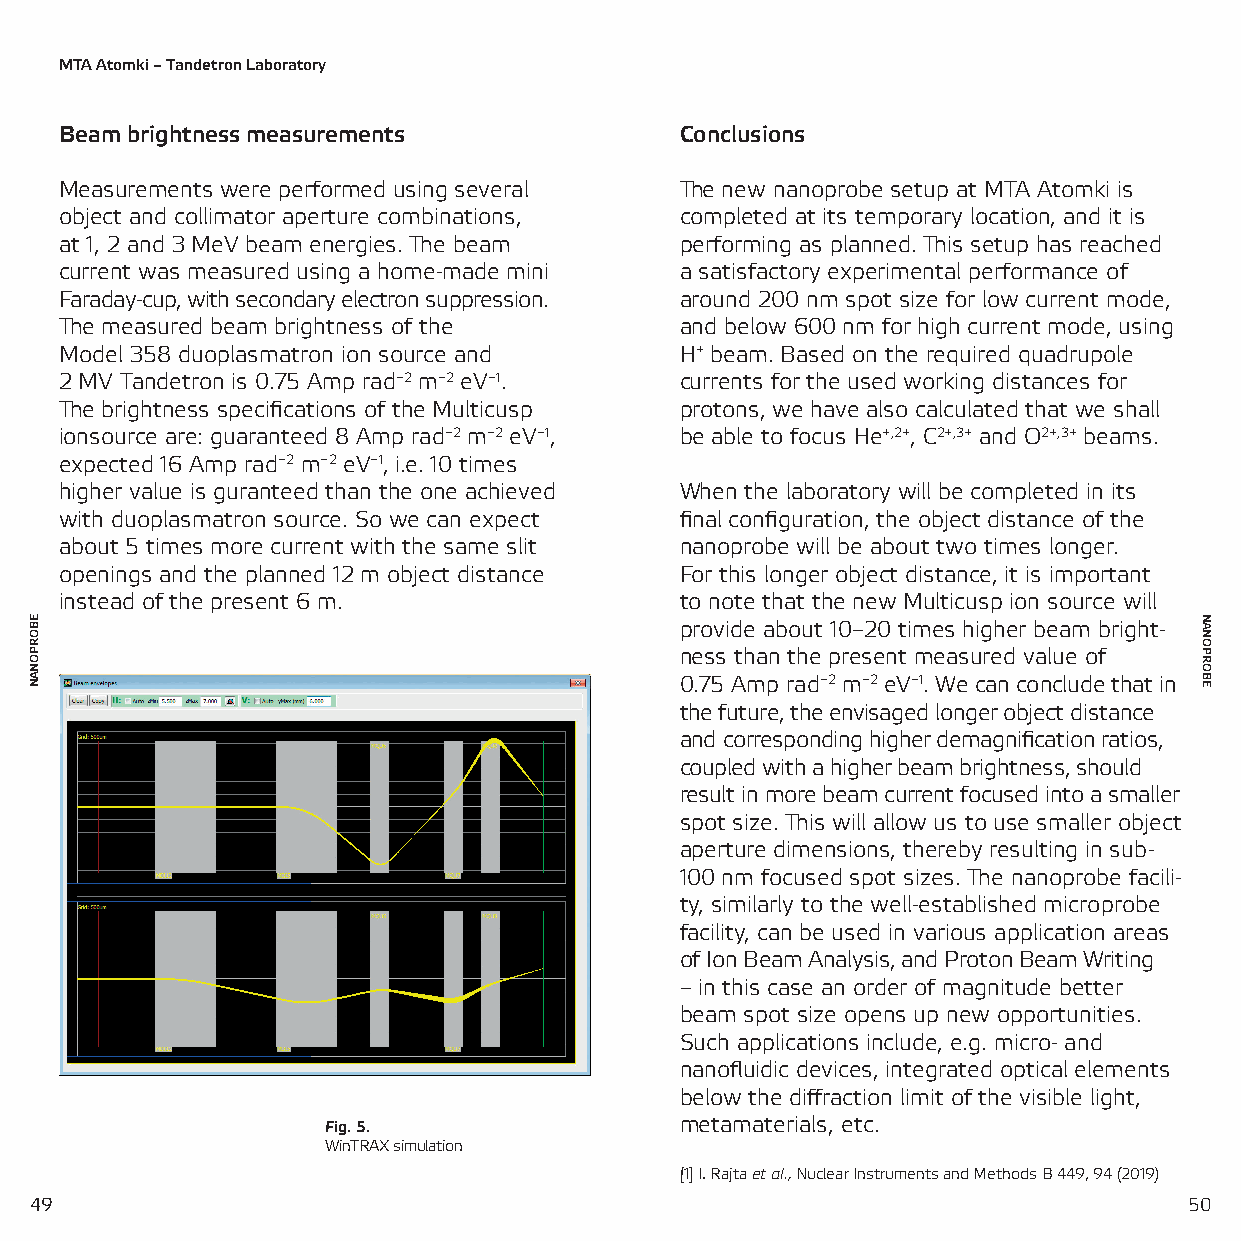
MTA Atomki – Tandetron Laboratory
 Beam brightness measurements             Conclusions
 Measurements were performed using several The new nanoprobe setup at MTA Atomki is
 object and collimator aperture combinations, completed at its temporary location, and it is
 at 1, 2 and 3 MeV beam energies. The beam performing as planned. This setup has reached
 current was measured using a home-made mini a satisfactory experimental performance of
 Faraday-cup, with secondary electron suppression. around 200 nm spot size for low current mode,
 The measured beam brightness of the      and below 600 nm for high current mode, using
 Model 358 duoplasmatron ion source and   H+ beam. Based on the required quadrupole
 2 MV Tandetron is 0.75 Amp rad−2 m−2 eV−1. currents for the used working distances for
 The brightness specifications of the Multicusp protons, we have also calculated that we shall
 ionsource are: guaranteed 8 Amp rad−2 m−2 eV−1, be able to focus He+,2+, C2+,3+ and O2+,3+ beams.
 expected 16 Amp rad−2 m−2 eV−1, i.e. 10 times
 higher value is guranteed than the one achieved When the laboratory will be completed in its
 with duoplasmatron source. So we can expect final configuration, the object distance of the
 about 5 times more current with the same slit nanoprobe will be about two times longer.
 openings and the planned 12 m object distance For this longer object distance, it is important
 instead of the present 6 m.              to note that the new Multicusp ion source will
 provide about 10–20 times higher beam bright-
 ness than the present measured value of
 0.75 Amp rad−2 m−2 eV−1. We can conclude that in
 the future, the envisaged longer object distance
 and corresponding higher demagnification ratios,
 coupled with a higher beam brightness, should
 result in more beam current focused into a smaller
 spot size. This will allow us to use smaller object
 aperture dimensions, thereby resulting in sub-
 100 nm focused spot sizes. The nanoprobe facili-
 ty, similarly to the well-established microprobe
 facility, can be used in various application areas
 of Ion Beam Analysis, and Proton Beam Writing
 – in this case an order of magnitude better
 beam spot size opens up new opportunities.
 Such applications include, e.g. micro- and
 nanofluidic devices, integrated optical elements
 below the diffraction limit of the visible light,
 Fig. 5.                 metamaterials, etc.
 WinTRAX simulation
 [1] I. Rajta et al., Nuclear Instruments and Methods B 449, 94 (2019)
 49                                                                           50
 EBORPONAN                                                                    NANOPROBE